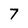
Character: 7